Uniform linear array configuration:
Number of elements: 32
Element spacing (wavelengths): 0.5
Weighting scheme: kaiser
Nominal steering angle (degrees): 60
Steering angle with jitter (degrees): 60.324
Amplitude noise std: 0.05
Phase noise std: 0.05

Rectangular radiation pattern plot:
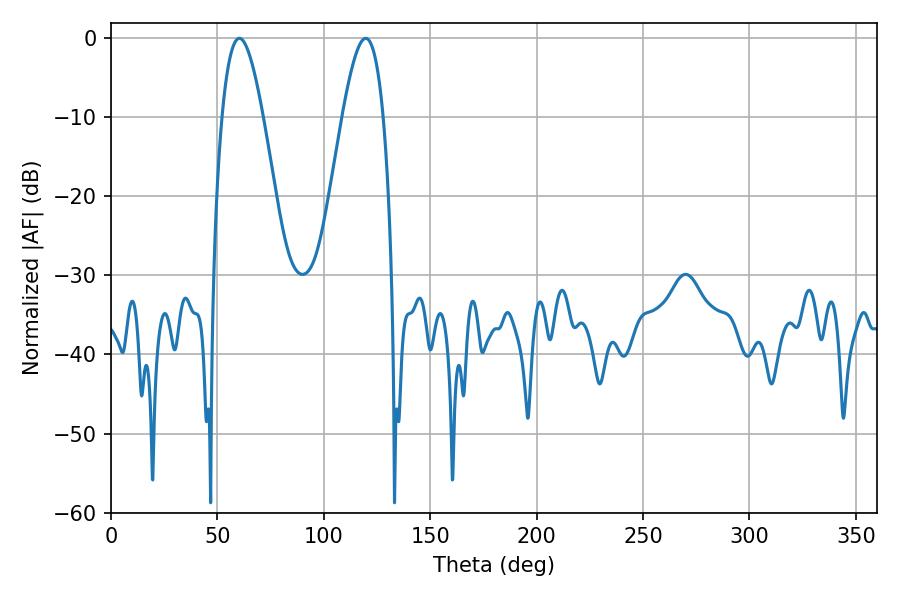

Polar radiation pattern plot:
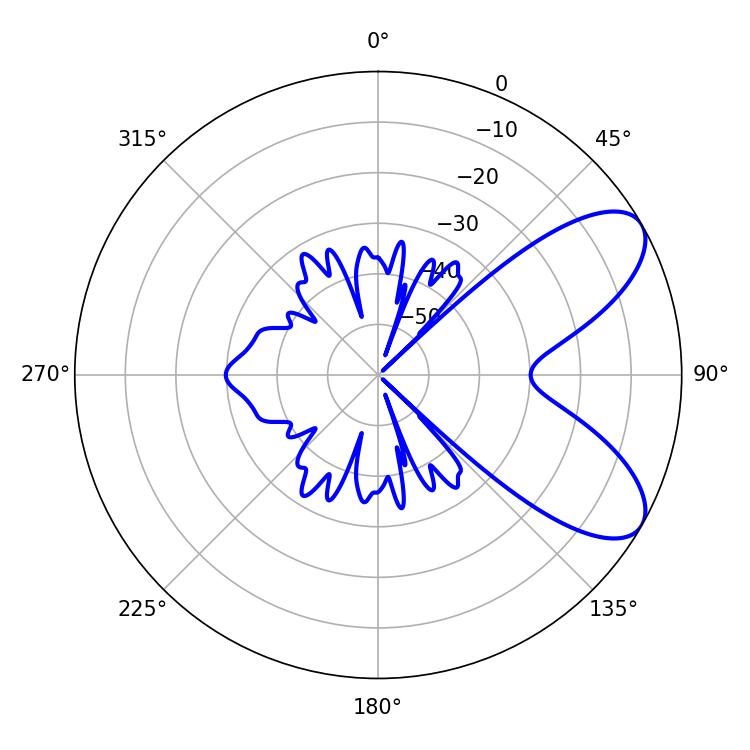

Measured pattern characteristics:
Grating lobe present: FALSE
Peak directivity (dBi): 7.616
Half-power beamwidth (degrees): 10.44
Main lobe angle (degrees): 60.3